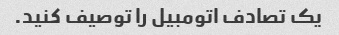
یک تصادف اتومبیل را توصیف کنید.